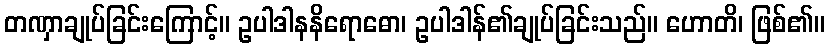
တဏှာချုပ်ခြင်းကြောင့်။ ဥပါဒါနနိရောဓော၊ ဥပါဒါန်၏ချုပ်ခြင်းသည်။ ဟောတိ၊ ဖြစ်၏။